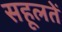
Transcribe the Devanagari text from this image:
सहूलतें